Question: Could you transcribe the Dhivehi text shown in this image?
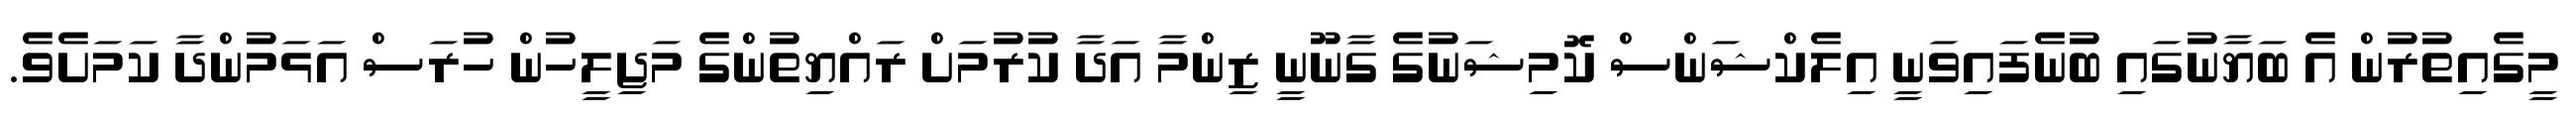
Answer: މީގެއިތުރުން އެ ބަޔާނުގައި ބުނެފައިވަނީ އިލެކްޝަންސް ކޮމިޝަނުގެ ގާނޫނީ ޒިންމާ އަދާ ކުރުމަށް ރައްޔިތުންގެ މަޖިލީހުން ހުރަސް އަޅަމުންދާ ކަމަށެވެ.